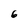
Character: 6